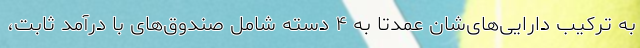
به ترکیب دارایی‌های‌شان عمدتا به ۴ دسته شامل صندوق‌های با درآمد ثابت،